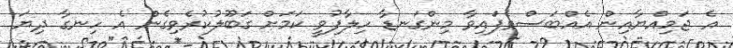
އެ ޖަމިއްޔާއިން އެއްބަސްވެފައިވާ މިންގަނޑާ ހިލާފުވީ ކަމަށް ގަބޫލުކުރެވިގެން އެ ހިނގާ ދިޔަ